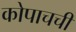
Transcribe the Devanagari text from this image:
कोपाचची